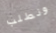
ونطلب